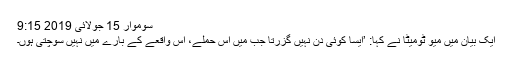
سوموار 15 جولائی 2019 9:15
ایک بیان میں میو ٹومیٹا نے کہا: ’ایسا کوئی دن نہیں گزرتا جب میں اس حملے، اس واقعے کے بارے میں نہیں سوچتی ہوں۔